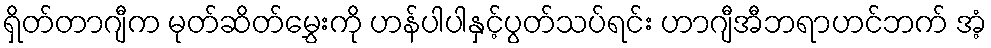
ရှိတ်တာဂျီက မုတ်ဆိတ်မွှေးကို ဟန်ပါပါနှင့်ပွတ်သပ်ရင်း ဟာဂျီအီဘရာဟင်ဘက် အံ့